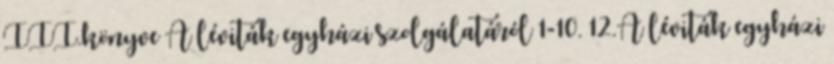
III.könyve A léviták egyházi szolgálatáról 1-10. 12.A léviták egyházi